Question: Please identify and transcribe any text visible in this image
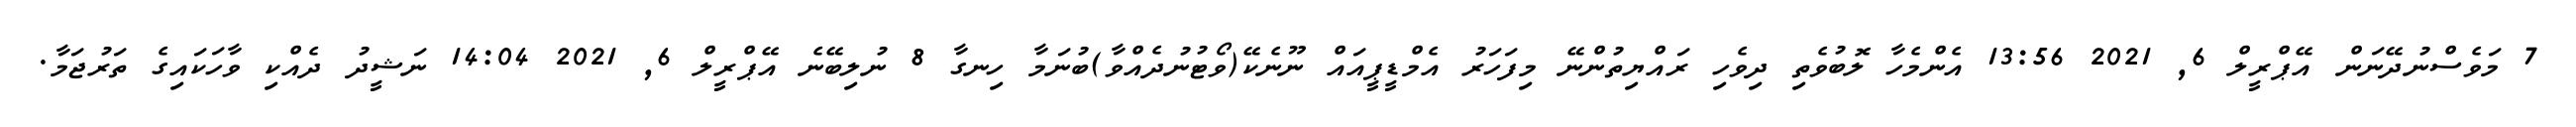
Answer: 7 މަވެސްނުދޭނަން އޭޕްރީލް 6, 2021 13:56 އެންމެހާ ލޮބުވެތި ދިވެހި ރައްޔިތުންނޭ މިފަހަރު އެމްޑީޕީއައް ނޫނެކޭ(ވޯޓުނުދެއްވާ)ބުނަމާ ހިނގާ 8 ނުލިބޭނެ އޭޕްރީލް 6, 2021 14:04 ނަޝީދު ދެއްކި ވާހަކައިގެ ތަރުޖަމާ.